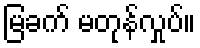
မြခက် မတုန်လှုပ်။